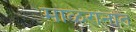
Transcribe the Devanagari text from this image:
माळरानात